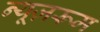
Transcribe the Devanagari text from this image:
न्यूज़रूम